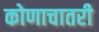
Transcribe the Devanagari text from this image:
कोणाचातरी